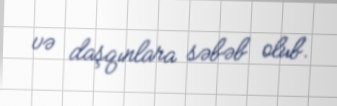
və daşqınlara səbəb olub.